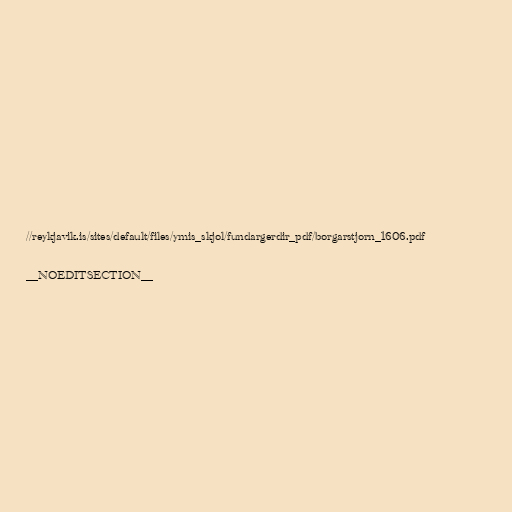
//reykjavik.is/sites/default/files/ymis_skjol/fundargerdir_pdf/borgarstjorn_1606.pdf

__NOEDITSECTION__